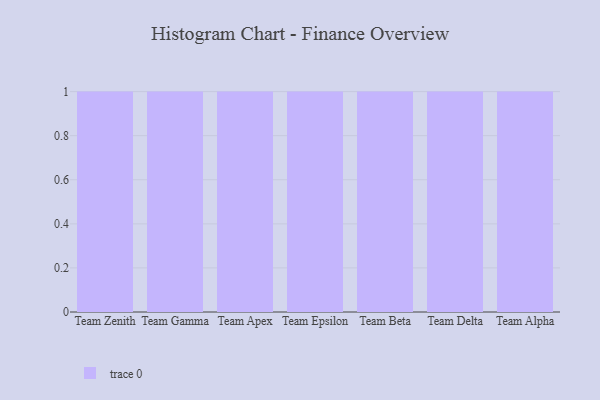
{"axis": {"x": "Team", "y": "Market Share (%)"}, "legend": [""], "data": [{"x": "Team Zenith", "y": 78, "type": ""}, {"x": "Team Gamma", "y": 38, "type": ""}, {"x": "Team Apex", "y": 51, "type": ""}, {"x": "Team Epsilon", "y": 74, "type": ""}, {"x": "Team Beta", "y": 70, "type": ""}, {"x": "Team Delta", "y": 6, "type": ""}, {"x": "Team Alpha", "y": 58, "type": ""}]}